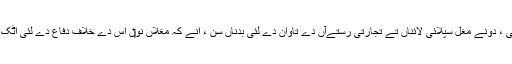
خٹک تے یوسف زئی ، دونے مغل سپلائی لائناں تے تجارتی رستےآں دے تاوان دے لئی بدناں سن ، اِنّے کہ مغلاں نو‏‏ں اس دے خلاف دفاع دے لئی اٹک قلعہ تعمیر کرنا پيا۔